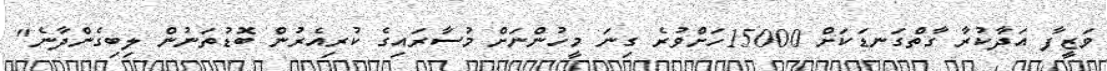
ވަޒީފާ އަދާކުރާ ގާތްގަނޑަކަށް 15000ހަށްވުރެ ގިނަ މީހުންނަށް މުސާރައިގެ ކުރިއެރުން ބޮޑުތަނުން ލިބިގެންދާނެ"